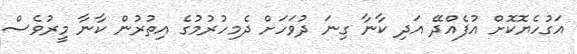
އަގުހެޔޮކޮށް އުފެއްދޭ އަދި ކާނާ ގިނަ ދުވަހަށް ދެމިހުރުމުގެ އިތުރުން ކާނާ މީރުވެސް